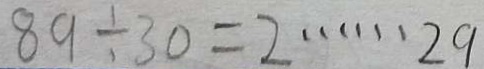
8 9 \div 3 0 = 2 \cdots 2 9